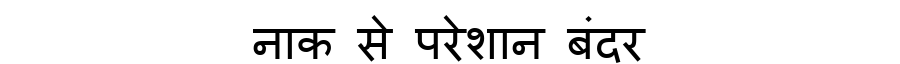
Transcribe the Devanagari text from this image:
नाक से परेशान बंदर